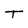
Character: T